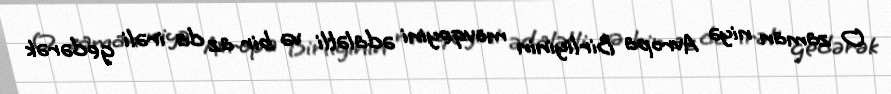
O zaman niyə Avropa Birliyinin mövqeyini ədalətli və bir az da irəli gedərək